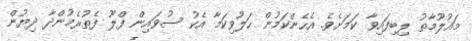
މައުލޫމާތު ލިބިފައިވާ ކަމަށެވެ. އެހެންކަމުން ހަލުވިކަމާ އެކު ސުވައިން ފްލޫ ފެތުރެމުންދާ ދިޔުން